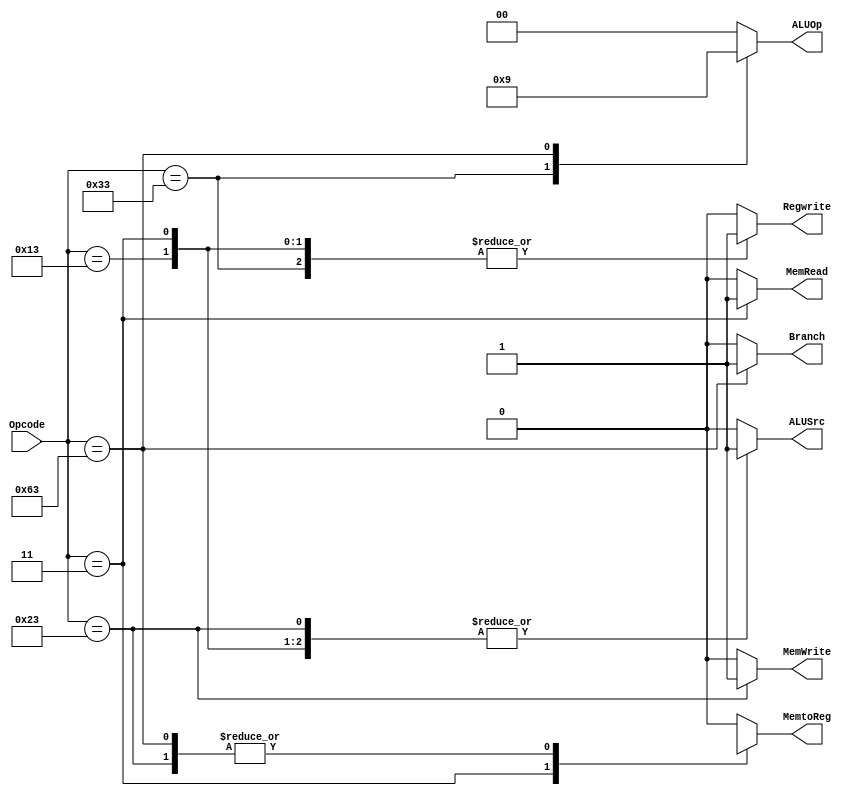
module Control_Unit(
  input [6:0] Opcode,
  output reg [1:0] ALUOp,
  output reg Branch,MemRead,MemtoReg,MemWrite,ALUSrc,Regwrite);
  always @ (*)
    begin
      case (Opcode[6:0])
        7'b0110011:
          begin
            ALUSrc = 0;
            MemtoReg = 0;
            Regwrite = 1;
            MemRead = 0;
            MemWrite = 0;
            Branch = 0;
            ALUOp = 2'b10;
          end
        7'b0000011:
          begin
            ALUSrc = 1;
            MemtoReg = 1;
            Regwrite = 1;
            MemRead = 1;
            MemWrite = 0;
            Branch = 0;
            ALUOp = 2'b00;
          end
        7'b0100011:
          begin
            ALUSrc = 1;
            MemtoReg = 1'bX;
            Regwrite = 0;
            MemRead = 0;
            MemWrite = 1;
            Branch = 0;
            ALUOp = 2'b00;
          end
        7'b1100011:
          begin //branch
            ALUSrc = 0;
            MemtoReg = 1'bX;
            Regwrite = 0;
            MemRead = 0;
            MemWrite = 0;
            Branch = 1;
            ALUOp = 2'b01;
          end
        7'b0010011:
          begin
            Branch = 1'b0;
            MemRead = 1'b0;
            MemtoReg = 1'b0;
            MemWrite = 1'b0;
            ALUSrc = 1'b1;
            Regwrite = 1'b1;
            ALUOp = 2'b00;
          end
        default:
          begin
            ALUSrc = 1'b0;
            MemtoReg = 1'b0;
            Regwrite = 1'b0;
            MemRead = 1'b0;
            MemWrite = 1'b0;
            Branch = 1'b0;
          	ALUOp = 2'b00;
          end
      endcase
    end
endmodule